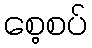
စေ့စပ်